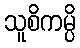
သူစိကမ္ပိ